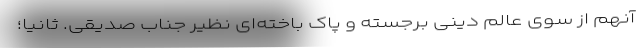
آنهم از سوی عالم دینی برجسته و پاک باخته‌ای نظیر جناب صدیقی. ثانیاً؛